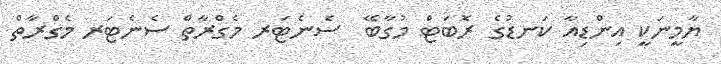
ޔާމީނަކީ އިންޑިއާ ކަނޑުގެ ރޮބަޓް މުގާބޭ  ސެނެޓަރ މެގްރާތް ސެނެޓަރ މެގްރާތް